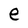
Character: e